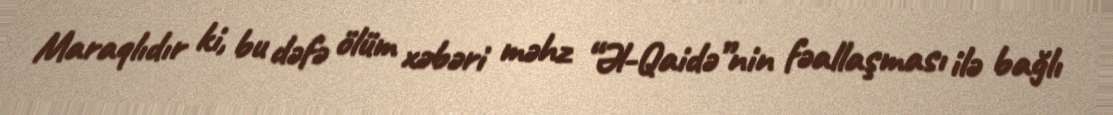
Maraqlıdır ki, bu dəfə ölüm xəbəri məhz “Əl-Qaidə”nin fəallaşması ilə bağlı